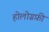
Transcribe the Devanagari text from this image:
होलोग्रफ़ी